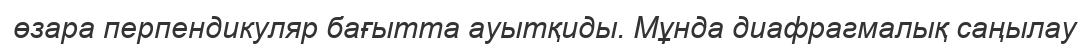
өзара перпендикуляр бағытта ауытқиды. Мұнда диафрагмалық саңылау